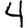
Digit: 4